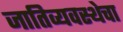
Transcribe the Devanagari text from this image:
जातिव्यवस्थेचा